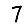
Digit: 7